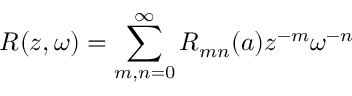
R ( z , \omega ) = \sum _ { m , n = 0 } ^ { \infty } R _ { m n } ( a ) z ^ { - m } \omega ^ { - n }